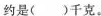
约是()千克。